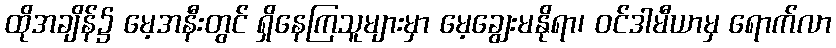
ထိုအချိန်၌ မေ့အနီးတွင် ရှိနေကြသူများမှာ မေ့ချွေးမနိုရာ၊ ဝင်ဒါမီယာမှ ရောက်လာ